Report on vaccination in Madras 1895-1903 - 1895-1903
Year: 1895
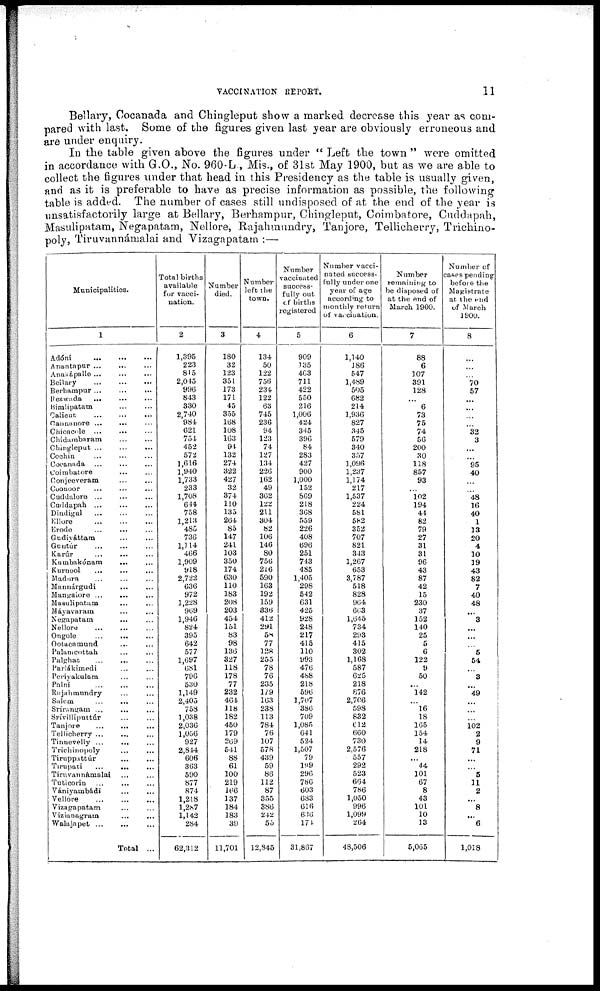
VACCINATION REPORT.
11
Bellary, Cocanada and Chingleput show a marked decrease this year as com-
pared with last. Some of the figures given last year are obviously erroneous and
are under enquiry.
In the table given above the figures under " Left the town " were omitted
in accordance with G.O., No. 960-L, Mis., of 31st May 1900, but as we are able to
collect the figures under that head in this Presidency as the table is usually given,
and as it is preferable to have as precise information as possible, the following
table is added. The number of cases still undisposed of at the end of the year is
unsatisfactorily large at Bellary, Berhampur, Chingleput, Coimbatore, Cuddapah,
Masulipatam, Negapatam, Nellore, Rajahmundry, Tanjore, Tellicherry, Trichino-
poly, Tiruvannámalai and Vizagapatam :—
Municipalities.
1
Adóni
...
...
...
Anantapnr ... ... ...
Anakápalle ... ... ...
Bellary
...
...
...
Berhampur
...
...
...
Bezwada
...
... ...
Bimlipatam ... ...
Calicut
...
...
...
Cannanore ... ... ...
Chioncole ... ... ...
Chidambaram
...
...
Chingleput
...
...
...
Cochin ... ... ...
Cocanada ...
... ...
Coimbatore ... ...
Conjeeveram ... ...
Coonoor ... ... ...
Cuddalore
...
...
...
Caddapah ... ... ...
Dindigul ... ... ...
Ellore
...
...
...
Erode ... ... ...
Gudiyáttam ... ...
Guntúr ... ... ...
Karúr
...
... ...
Kumbakónam
... ...
Kurnool ... ... ...
Madura ... ... ...
Mannárgudi ... ...
Mangalore ...
...
...
Masulipatam ... ...
Máyavaram ... ...
Negapatam ... ...
Nellore ... ... ...
Ongole ... ... ...
Ootacamund ... ...
Palamcottah ... ...
Palphat ... ... ...
Pariákimedi ... ...
Perivakulam ... ...
Palni
...
...
...
Rajahmundry ... ...
Salem ... ... ...
Srírangam ... ... ...
Srívilliputtúr ... ...
Tanjore
...
...
...
Tellicherry ... ... ...
Tinnevelly ... ... ...
Trichinopoly ... ...
Tiruppattúr
...
...
Tirupati
...
... ...
Tiruvannámalai ... ...
Tuticorin ... ... ...
Vániyambádi ... ...
Vellore
...
...
...
Vizagapatam
Vizianagram ... ...
Walajapet ...
... ...
Total ...
Total births
available
for vacci-
-ation.
2
1,395
223
815
2,045
996
843
330
2,740
984
621
754
452
572
1,616
1,940
1,733
233
1,708
644
758
1,213
485
736
1,114
466
1,909
918
2,722
636
972
1,228
969
1,946
824
395
642
577
1,697
681
796
530
1,149
2,405
758
1,038
2,036
1,056
927
2,844
606
363
590
877
874
1,218
1,287
1,142
284
62,312
Number
died.
3
180
32
123
351
173
171
45
355
168
108
163
94
132
274
322
427
32
374
110
135
264
85
147
241
103
350
174
630
110
183
208
203
454
151
83
98
136
327
118
178
77
232
464
118
182
450
179
269
541
88
61
100
219
166
137
184
183
39
11,701
Number
left the
town.
4
134
50
122
756
234
122
63
745
236
94
123
74
127
134
226
162
49
362
122
211
304
82
106
146
80
756
216
590
163
192
159
336
412
291
58
77
128
255
78
76
235
179
163
238
113
784
76
107
578
439
59
86
112
87
355
386
242
55
12,845
Number
vaccinated
success-
fully out
of births
registered
5
909
135
463
711
422
550
216
1,006
424
345
396
84
283
427
900
1,000
152
869
218
368
559
226
408
696
251
743
485
1,405
298
542
631
425
928
248
217
415
110
993
476
488
218
596
1,707
386
709
1,085
641
524
1,507
79
199
296
786
603
683
616
636
174
31,867
Number vacci-
nated success-
fully under one
year of age
according to
monthly return
of vaccination.
6
1,140
186
547
1,489
505
682
214
1,936
827
345
579
340
357
1,096
1,237
1,174
217
1,537
224
581
582
352
707
821
343
1,267
653
3,787
518
828
964
663
1,645
734
293
415
302
1,168
587
625
218
876
2,706
598
832
612
660
730
2,576
557
292
523
664
786
1,050
996
1,099
264
48,506
Number
remaining to
be disposed of
at the end of
March 1900.
7
88
6
107
391
128
...
6
73
75
74
56
200
30
118
857
93
... 102
194
44
82
79
27
31
31
96
43
87
42
15
230
37
152
140
25
5
6
122
9
50
...
142
...
16
18
165
154
14
218
...
44
101
67
8
43
101
10
13
5,065
Number of
cases pending
before the
Magistrate
at the end
of March
1900.
8
...
...
...
70
57
...
...
...
...
32
3
...
...
95
40
...
...
48
16
40
1
13
20
4
10
19
43
82
7
40
48
...
3
...
...
...
5
54
...
3
...
49
...
...
...
102
2
9
71
...
...
5
11
2
...
8
...
6
1,018